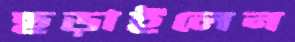
ছড়াইলেন